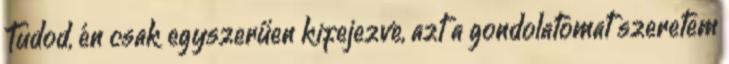
Tudod, én csak egyszerűen kifejezve, azt a gondolatomat szeretem